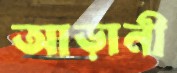
আড়ানী